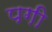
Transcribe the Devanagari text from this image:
पगी